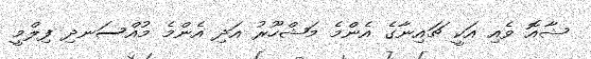
ޝާއޮ ވެއި އަކީ ޗައިނާގެ އެންމެ މަޝްހޫރު އަދި އެންމެ މުއްސަނދި ފިލްމީ